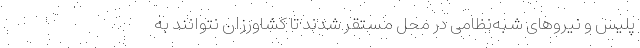
پلیس و نیرو‌های شبه‌نظامی در محل مستقر شدند تا کشاورزان نتوانند به